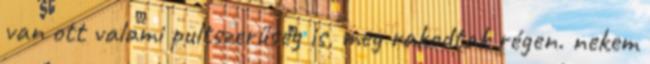
van ott valami pultszerűség is, meg rakodtak régen. nekem